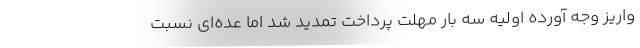
واریز وجه آورده اولیه سه بار مهلت پرداخت تمدید شد اما عده‌ای نسبت